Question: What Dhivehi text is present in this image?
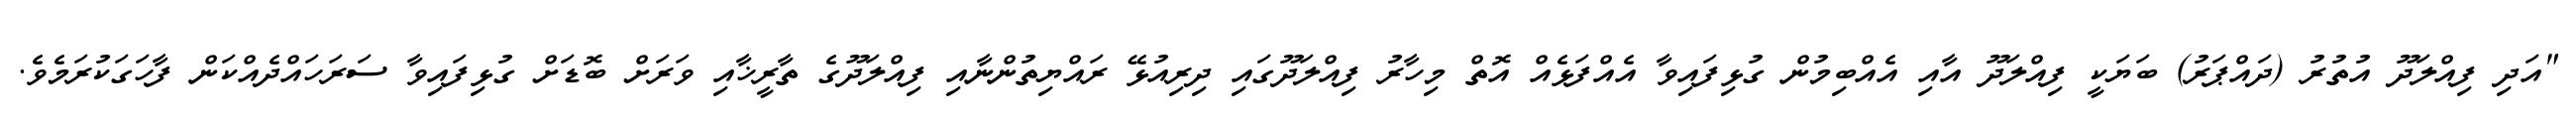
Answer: "އަދި ފިއްލަދޫ އުތުރު (ދައްޕަރު) ބަޔަކީ ފިއްލަދޫ އާއި އެއްބިމުން ގުޅިފައިވާ އެއްފަޅެއް އޮތް މިހާރު ފިއްލަދޫގައި ދިރިއުޅޭ ރައްޔިތުންނާއި ފިއްލަދޫގެ ތާރީޚާއި ވަރަށް ބޮޑަށް ގުޅިފައިވާ ސަރަހައްދެއްކަން ފާހަގަކުރަމެވެ.